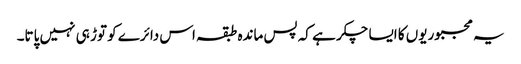
یہ مجبوریوں کا ایسا چکر ہے کہ پس ماندہ طبقہ اس دائرے کو توڑ ہی نہیں پاتا۔